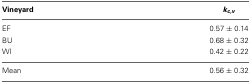
<table><thead><tr><td><b>Vineyard</b></td><td><b><i><i>k</i><sub><i>c</i>,<i>v</i></sub></i></b></td></tr></thead><tbody><tr><td>EF</td><td>0.57 ± 0.14</td></tr><tr><td>BU</td><td>0.68 ± 0.32</td></tr><tr><td>WI</td><td>0.42 ± 0.22</td></tr><tr><td>Mean</td><td>0.56 ± 0.32</td></tr></tbody></table>